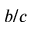
b / c